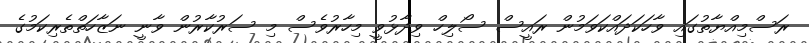
ރަސްމިއްޔާތުގައި ވާހަކަދައްކަވަމުން ރައީސް ސޯލިހް ވިދާޅުވީ މިހާރުވެސް މި ސަރުކާރުން ވާނީ ނަޒާހަތްތެރިކަމުގެ